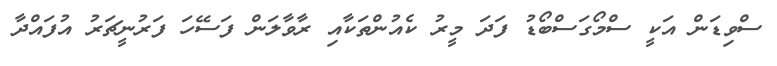
ސްވިޑަން އަކީ ސްމޯގަސްބޯޑު ފަދަ މީރު ކެއުންތަކާއި ރާވާލަން ފަސޭހަ ފަރުނީޗަރު އުފައްދާ